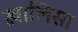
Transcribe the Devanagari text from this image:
ख़ालिसा